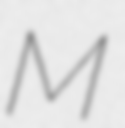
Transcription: M